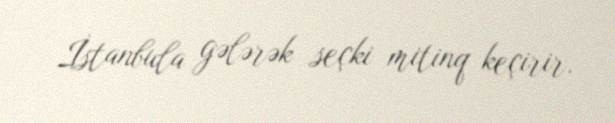
İstanbula gələrək seçki mitinq keçirir.